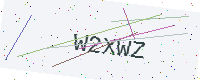
Text: W2XWZ